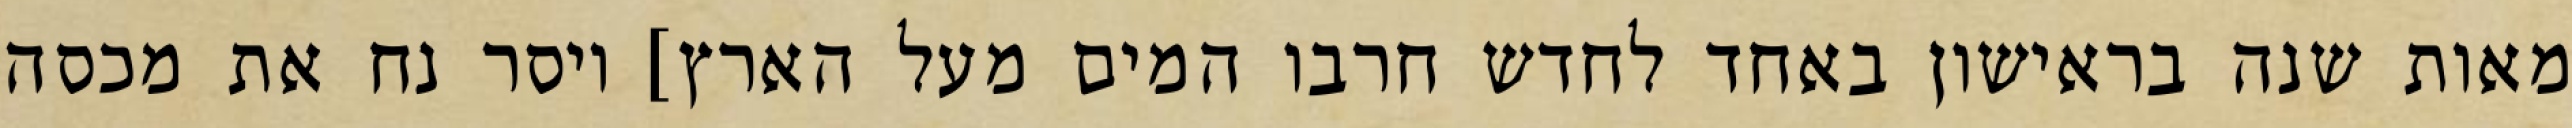
מאות שנה בראישון באחד לחדש חרבו המים מעל הארץ] ויסר נח את מכסה